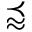
\precapprox